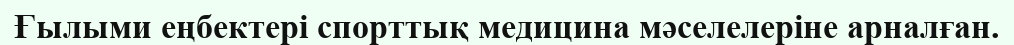
Ғылыми еңбектері спорттық медицина мәселелеріне арналған.